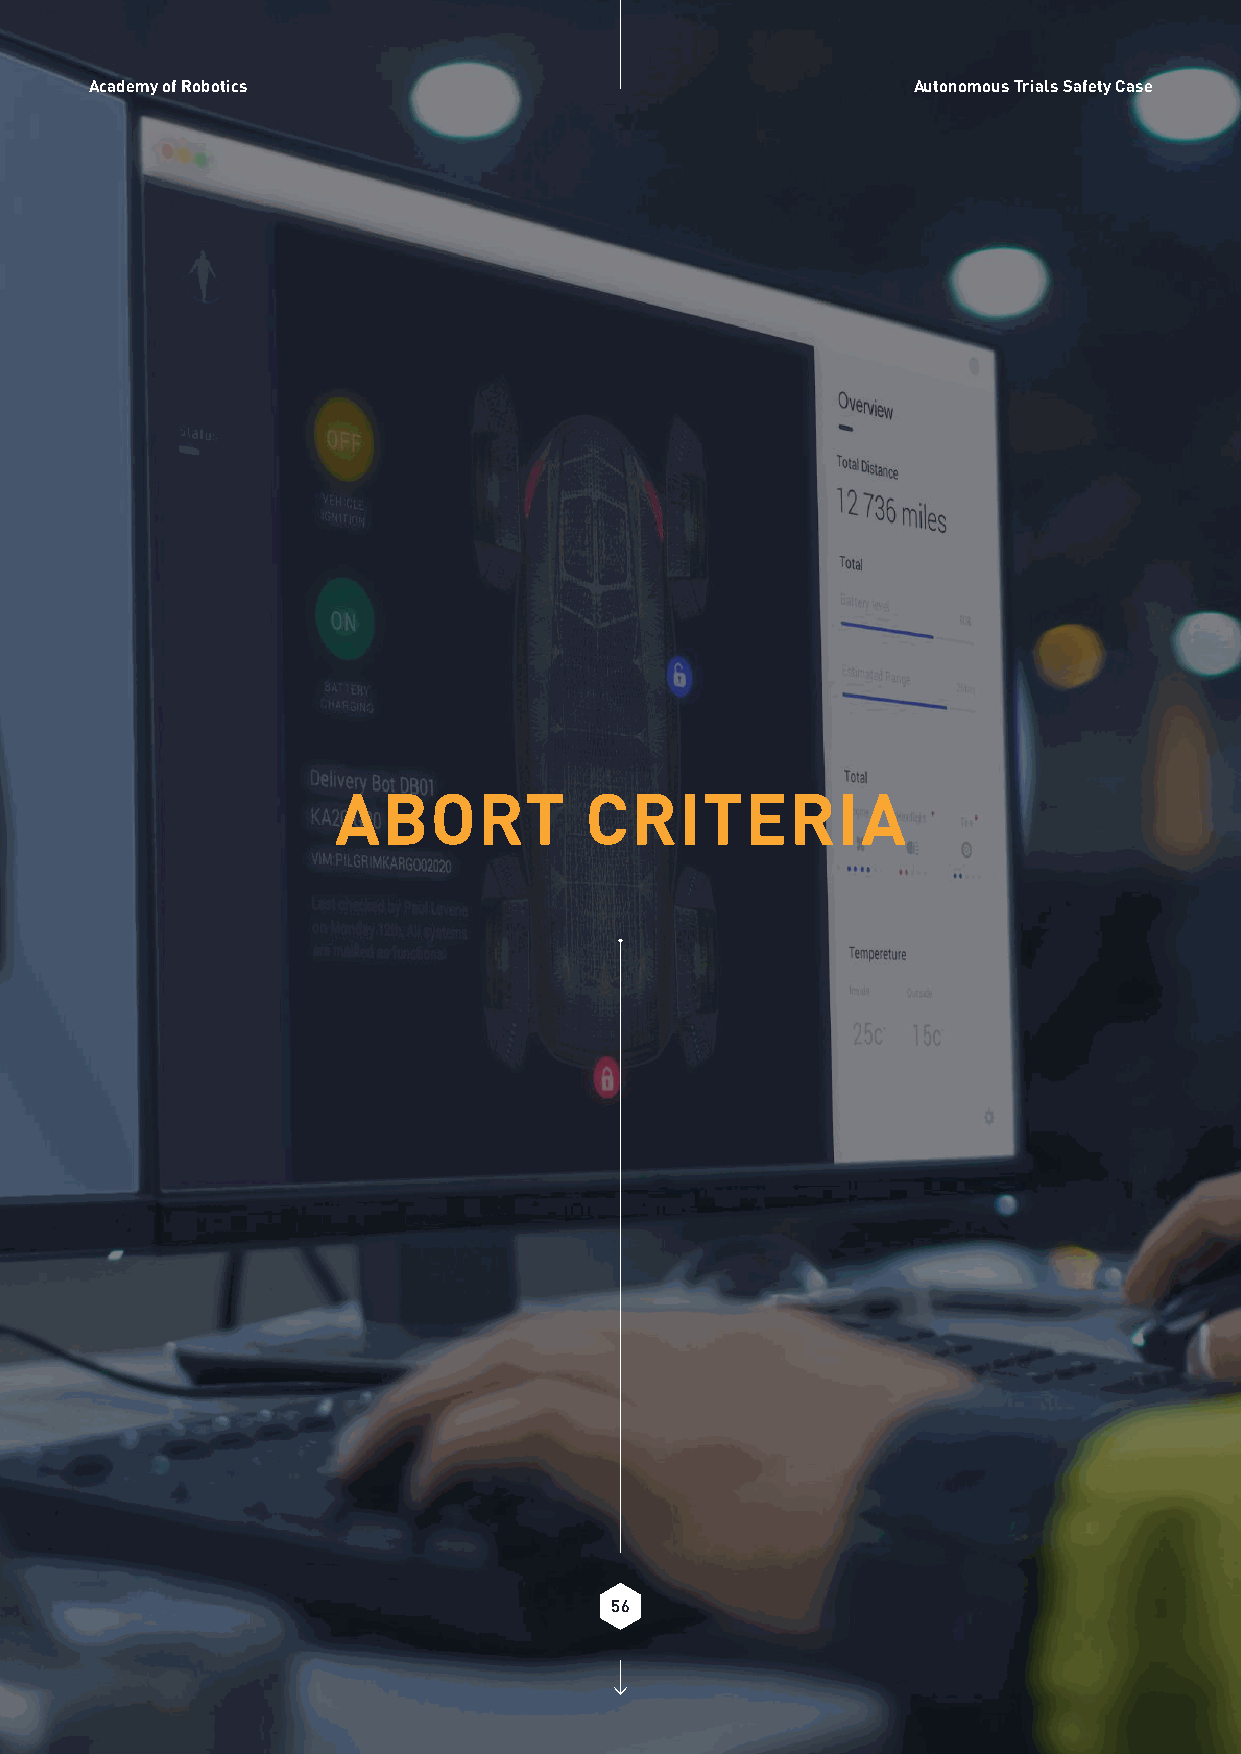
Academy of Robotics                                   Autonomous Trials Safety Case
 ABORT            CRITERIA
 56